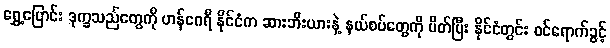
ရွှေ့ပြောင်း ဒုက္ခသည်တွေကို ဟန်ဂေရီ နိုင်ငံက ဆားဘီးယားနဲ့ နယ်စပ်တွေကို ပိတ်ပြီး နိုင်ငံတွင်း ဝင်ရောက်ခွင့်